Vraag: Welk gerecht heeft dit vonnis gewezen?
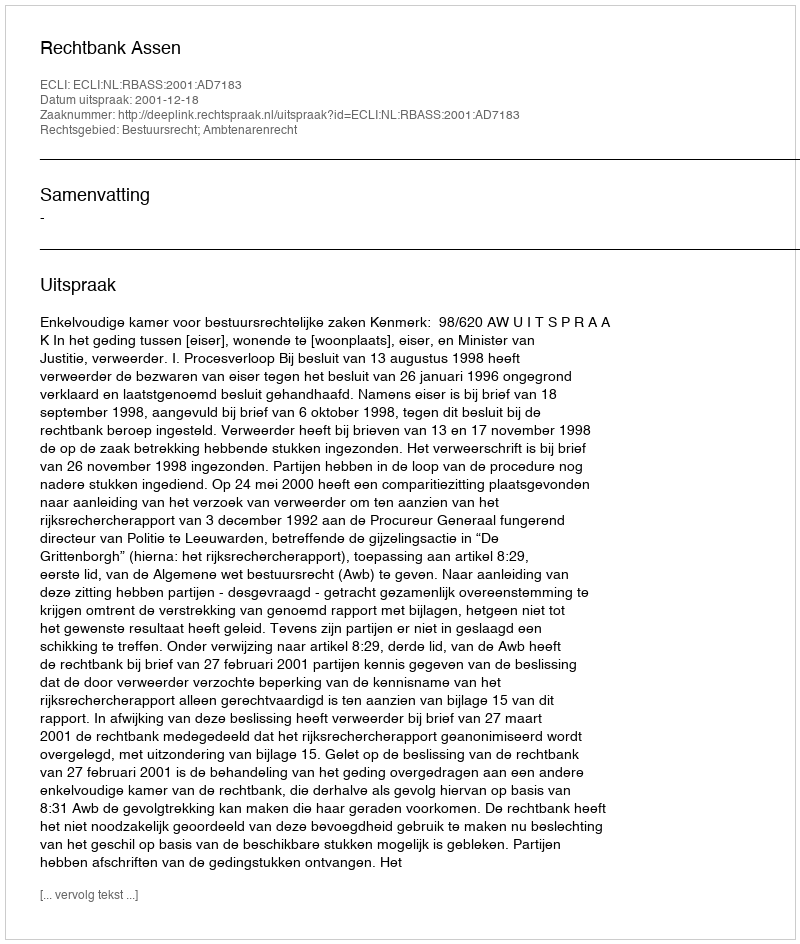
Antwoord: Rechtbank Assen